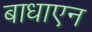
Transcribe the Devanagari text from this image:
बाधाएन